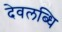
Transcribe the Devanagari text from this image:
देवलब्धि